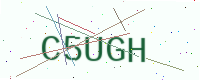
Text: C5UGH